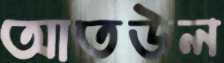
আতউল